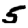
Digit: 5